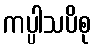
ကပ္ပါသပိစု